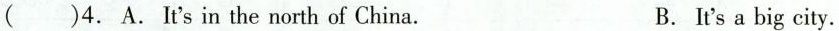
( )4.A.It's in the north of China. B. It's a big city.